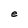
Character: e